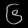
Digit: ၆